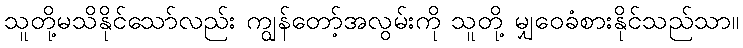
သူတို့မသိနိုင်သော်လည်း ကျွန်တော့်အလွမ်းကို သူတို့ မျှဝေခံစားနိုင်သည်သာ။